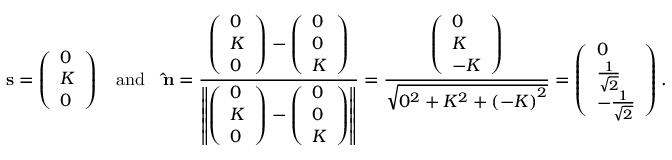
\mathbf { s } = { \left( \begin{array} { l } { 0 } \\ { K } \\ { 0 } \end{array} \right) } \quad { \mathrm { a n d } } \quad \mathbf { \hat { n } } = { \frac { { \left( \begin{array} { l } { 0 } \\ { K } \\ { 0 } \end{array} \right) } - { \left( \begin{array} { l } { 0 } \\ { 0 } \\ { K } \end{array} \right) } } { \left\| { \left( \begin{array} { l } { 0 } \\ { K } \\ { 0 } \end{array} \right) } - { \left( \begin{array} { l } { 0 } \\ { 0 } \\ { K } \end{array} \right) } \right\| } } = { \frac { \left( \begin{array} { l } { 0 } \\ { K } \\ { - K } \end{array} \right) } { \sqrt { 0 ^ { 2 } + K ^ { 2 } + { ( - K ) } ^ { 2 } } } } = { \left( \begin{array} { l } { 0 } \\ { { \frac { 1 } { \sqrt { 2 } } } } \\ { - { \frac { 1 } { \sqrt { 2 } } } } \end{array} \right) } \, .